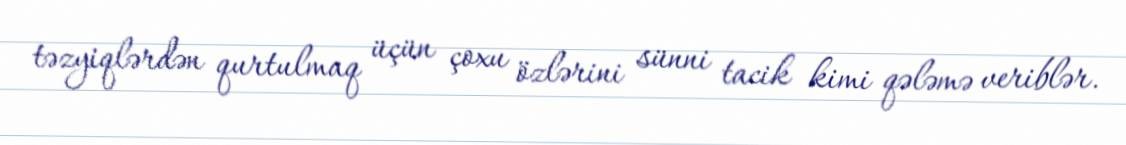
təzyiqlərdən qurtulmaq üçün çoxu özlərini sünni tacik kimi qələmə veriblər.